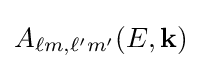
A_{\ell m,\ell 'm'}(E,{\bf {k}})